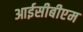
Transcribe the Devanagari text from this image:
आईसीबीएम